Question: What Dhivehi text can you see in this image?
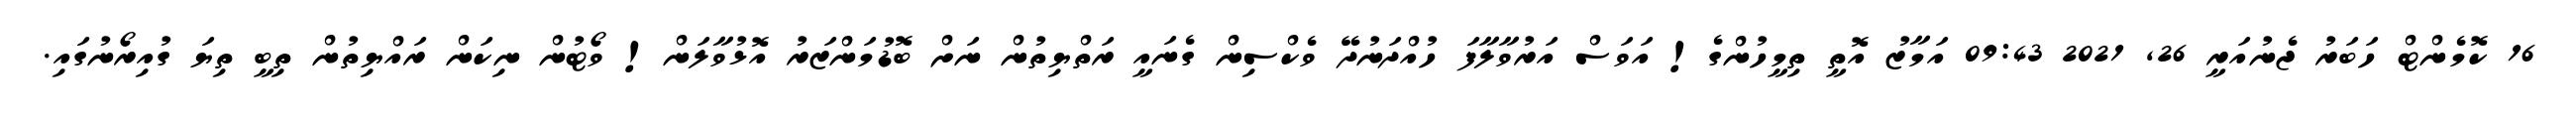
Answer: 16 ކޮމެންޓް ހަބަރު ޖެނުއަރީ 26, 2021 09:43 އަމާޒު އޮތީ ތިމީހުންގެ! އަވަސް އަރުވާލާފަ ހުއްދަނުދޭ ވެކްސިން ގެނައީ ރަތްޔިތުން ނަށް ބޮޑުމަންޒަރު އޮޅުވާލަން! ވޯޓުން ނިކަން ރައްޔިތުން ތިބީ ތިޔަ ގުއިރޯނުގައި.